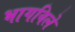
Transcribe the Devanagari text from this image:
भागविले